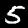
Digit: 5